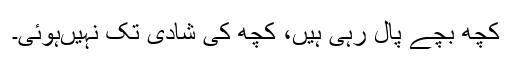
کچھ بچے پال رہی ہیں، کچھ کی شادی تک نہیں‌ہوئی۔